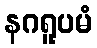
နဂရူပမံ